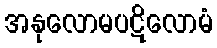
အနုလောမပဋိလောမံ